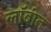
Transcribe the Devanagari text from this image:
लॉबीत